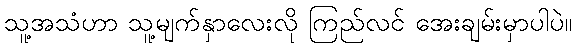
သူ့အသံဟာ သူ့မျက်နှာလေးလို ကြည်လင် အေးချမ်းမှာပါပဲ။